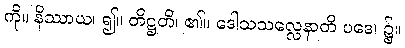
ကို။ နိဿာယ၊ ၍။ တိဋ္ဌတိ၊ ၏။ ဒေါသသလ္လေနာတိ ပဒေ၊ ၌။